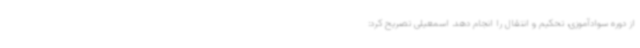
از دوره سوادآموزی، تحکیم و انتقال را انجام دهد. اسمعیلی تصریح کرد: